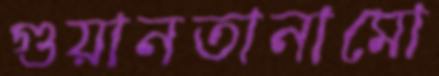
গুয়ানতানামো